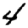
Digit: 4